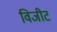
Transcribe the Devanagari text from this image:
विजीट